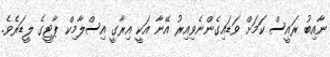
ނާއިބު ރައީސް ކަމަށް ވަޑައިގެންނެވިއިރު އޭނާ އަކީ އިރާގީ އިސްލާމިކް ޕާޓީގެ ލީޑަރެވެ.